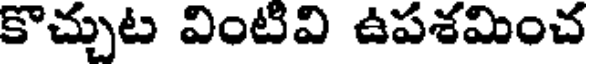
కొచ్చుట వింటివి ఉపశమించ